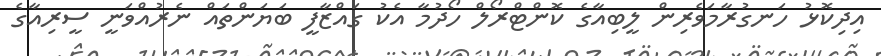
އިދިކޮޅު ހަނގުރާމަވެރިން ލީބިއާގެ ކޮންޓްރޯލް ހޯދުމާ އެކު ގައްޒާފީ ބަޔަންތައް ނެރުއްވަނީ ސީރިއާގެ